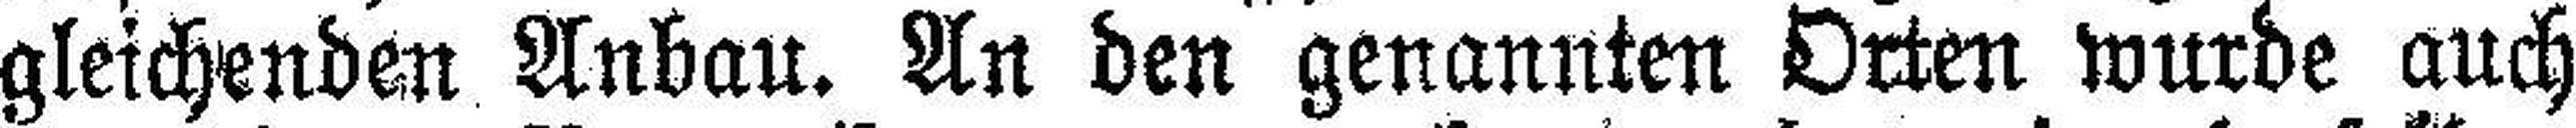
gleichenden Anbau. An den genannten Orten wurde auch